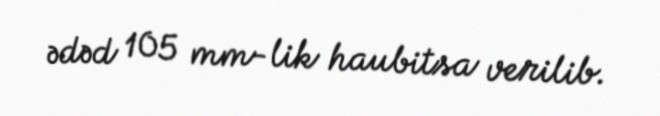
ədəd 105 mm-lik haubitsa verilib.